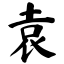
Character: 袁